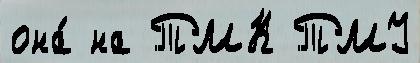
она́ на ТМК ТМУ